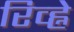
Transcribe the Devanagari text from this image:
रिव्ह्ने